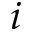
i